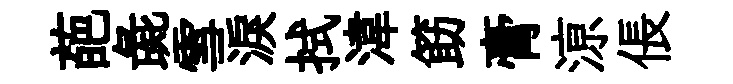
葩彘雪淚拭湋筯膏鿌倀